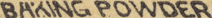
BAKING POWDER